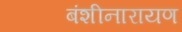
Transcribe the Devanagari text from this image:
बंशीनारायण